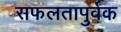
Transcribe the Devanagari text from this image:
सफलतापुर्वक